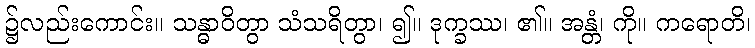
၌လည်းကောင်း။ သန္ဓာဝိတွာ သံသရိတွာ၊ ၍။ ဒုက္ခဿ၊ ၏။ အန္တံ၊ ကို။ ကရောတိ၊